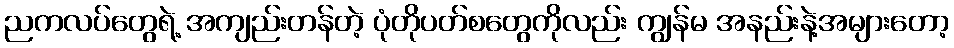
ညကလပ်တွေရဲ့ အကျည်းတန်တဲ့ ပုံတိုပတ်စတွေကိုလည်း ကျွန်မ အနည်းနဲ့အများတော့